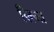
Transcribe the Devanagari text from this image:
खिजा